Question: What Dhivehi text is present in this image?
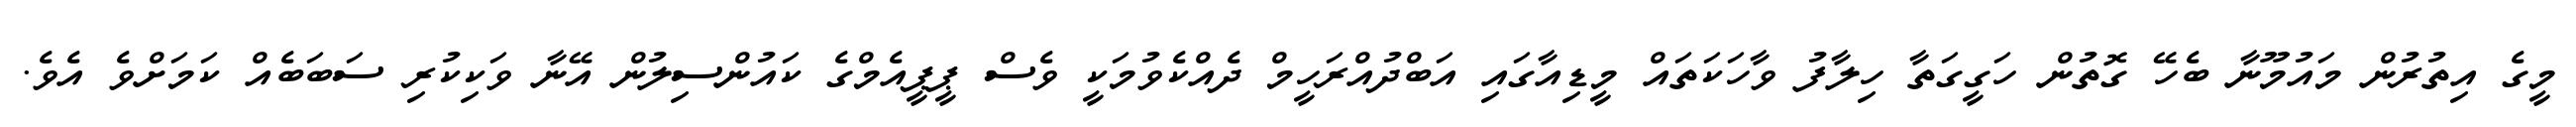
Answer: މީގެ އިތުރުން މައުމޫނާ ބެހޭ ގޮތުން ހަގީގަތާ ހިލާފު ވާހަކަތައް މީޑިއާގައި އަބްދުއްރަހީމް ދެއްކެވުމަކީ ވެސް ޕީޕީއެމްގެ ކައުންސިލުން އޭނާ ވަކިކުރި ސަބަބެއް ކަމަށްވެ އެވެ.